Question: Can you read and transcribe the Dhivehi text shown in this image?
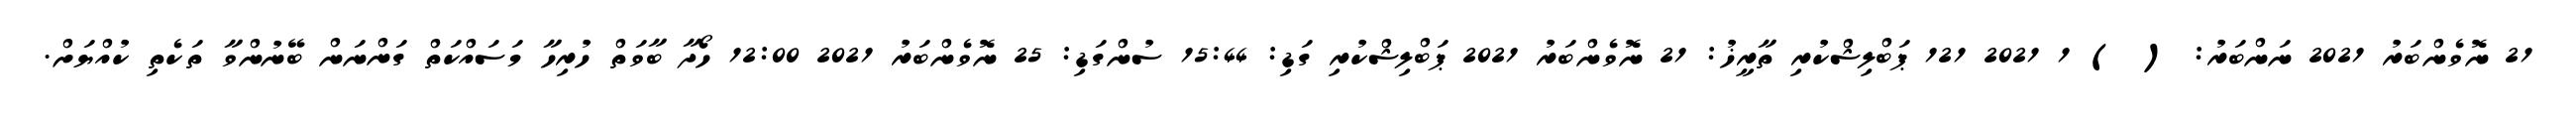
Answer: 21 ނޮވެންބަރު 2021 ނަންބަރު: ( ) 1 2021 121 ޕަބްލިޝްކުރި ތާރީޚު: 21 ނޮވެންބަރު 2021 ޕަބްލިޝްކުރި ގަޑި: 15:44 ސުންގަޑި: 25 ނޮވެންބަރު 2021 12:00 ހޯދާ ބާވަތް ހުރިހާ މަސައްކަތް ގަންނަން ބޭނުންވާ ތަކެތި ކުއްޔަށް.